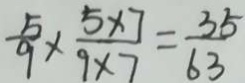
\frac { 5 } { 9 } \times \frac { 5 \times 7 } { 9 \times 7 } = \frac { 3 5 } { 6 3 }